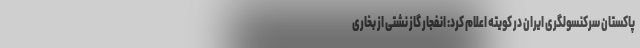
پاکستان سرکنسولگری ایران در کویته اعلام کرد: انفجار گاز نشتی از بخاری